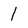
Character: 1